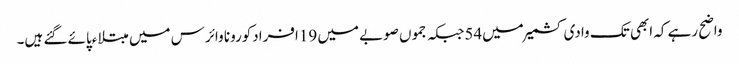
واضح رہے کہ ابھی تک وادی کشمیر میں54جبکہ جموں صوبے میں 19افرادکورونا وائرس میں مبتلاءپائے گئے ہیں۔